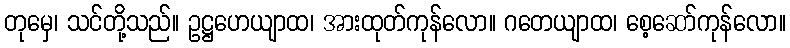
တုမှေ၊ သင်တို့သည်။ ဥဋ္ဌဟေယျာထ၊ အားထုတ်ကုန်လော။ ဂတေယျာထ၊ စေ့ဆော်ကုန်လော။